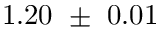
1 . 2 0 ~ \pm ~ 0 . 0 1